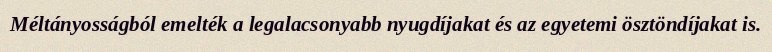
Méltányosságból emelték a legalacsonyabb nyugdíjakat és az egyetemi ösztöndíjakat is.